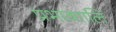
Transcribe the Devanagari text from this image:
प्रभाव्शालि